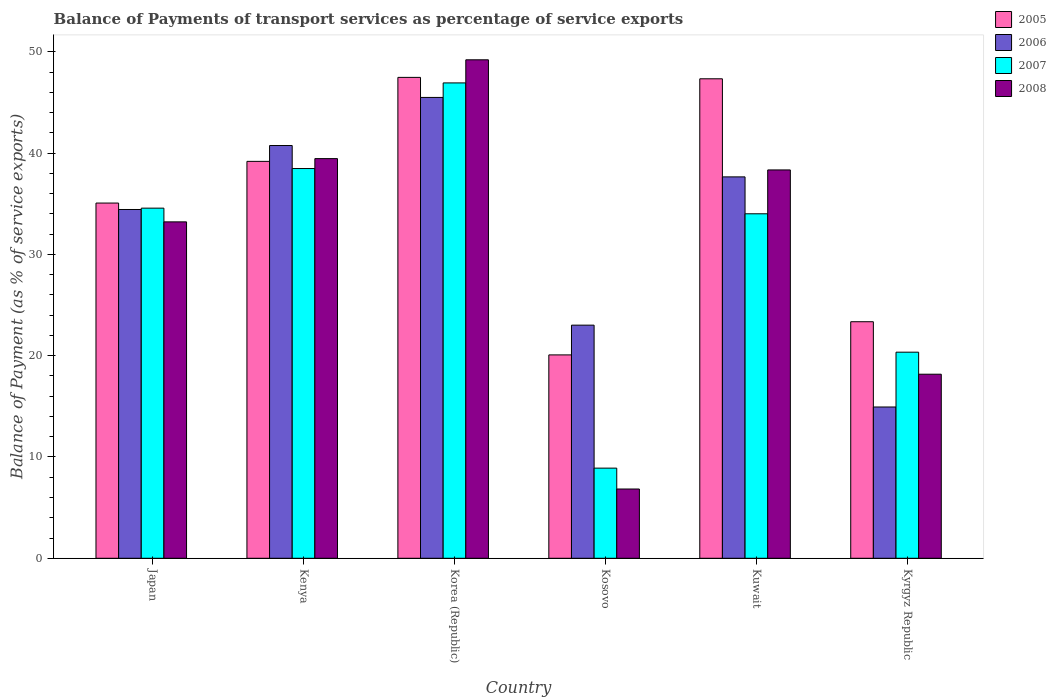
| Country | 2005 | 2006 | 2007 | 2008 |
 | --- | --- | --- | --- | --- |
 | Japan | 35.1 | 34.4 | 34.6 | 33.2 |
 | Kenya | 39.2 | 40.7 | 38.5 | 39.5 |
 | Korea (Republic) | 47.5 | 45.5 | 46.9 | 49.2 |
 | Kosovo | 20.1 | 23 | 8.9 | 6.84 |
 | Kuwait | 47.3 | 37.6 | 34 | 38.3 |
 | Kyrgyz Republic | 23.3 | 14.9 | 20.3 | 18.2 |